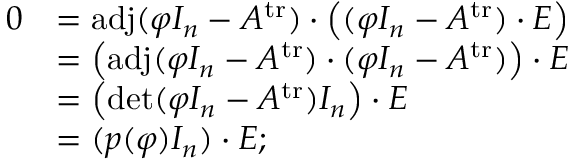
{ \begin{array} { r l } { 0 } & { = \operatorname { a d j } ( \varphi I _ { n } - A ^ { \operatorname { t r } } ) \cdot \left( ( \varphi I _ { n } - A ^ { \operatorname { t r } } ) \cdot E \right) } \\ & { = \left( \operatorname { a d j } ( \varphi I _ { n } - A ^ { \operatorname { t r } } ) \cdot ( \varphi I _ { n } - A ^ { \operatorname { t r } } ) \right) \cdot E } \\ & { = \left( \operatorname* { d e t } ( \varphi I _ { n } - A ^ { \operatorname { t r } } ) I _ { n } \right) \cdot E } \\ & { = ( p ( \varphi ) I _ { n } ) \cdot E ; } \end{array} }